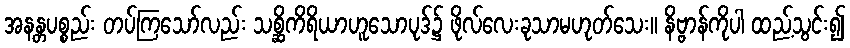
အနန္တပစ္စည်း တပ်ကြသော်လည်း သစ္ဆိကိရိယာဟူသောပုဒ်၌ ဖိုလ်လေးခုသာမဟုတ်သေး။ နိဗ္ဗာန်ကိုပါ ထည့်သွင်း၍